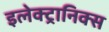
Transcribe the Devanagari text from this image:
इलेक्ट्रानिक्‍स